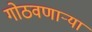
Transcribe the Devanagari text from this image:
गोठवणार्‍या